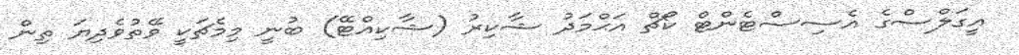
އީގަލްސްގެ އެސިސްޓެންޓް ކޯޗް އަޙްމަދު ޝާކިރު (ޝާކިއްޓޭ) ބުނީ މިމެޗަކީ ވޭތުވެދިޔަ ތިން